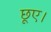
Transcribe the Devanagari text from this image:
छूए।